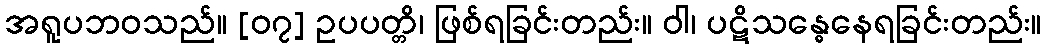
အရူပဘဝသည်။ [၀၇] ဥပပတ္တိ၊ ဖြစ်ရခြင်းတည်း။ ဝါ၊ ပဋိသန္ဓေနေရခြင်းတည်း။